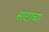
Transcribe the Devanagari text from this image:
साटाचा